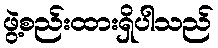
ဖွဲ့စည်းထားရှိပါသည်